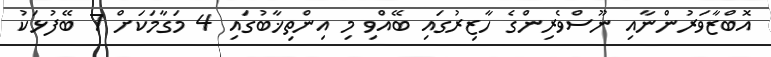
އޮބްޒާވަރުންނާއި ނޫސްވެރިންގެ ހާޒިރުގައި ބޭއްވި މި އިންތިޚާބުގައި 4 މަގާމަކަށް 7 ބޭފުޅަކު